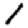
Digit: 1